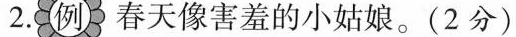
2.例春天像害羞的小姑娘。(2分)